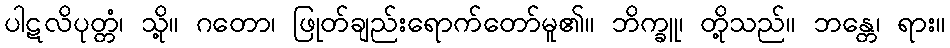
ပါဋလိပုတ္တံ၊ သို့။ ဂတော၊ ဖြုတ်ချည်းရောက်တော်မူ၏။ ဘိက္ခူ၊ တို့သည်။ ဘန္တေ၊ ရား။